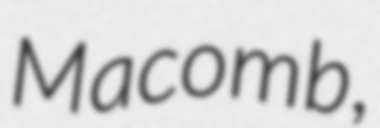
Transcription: Macomb,